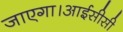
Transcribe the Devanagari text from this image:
जाएगा।आईसीसी